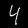
Label: 4